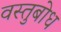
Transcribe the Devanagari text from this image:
वस्तुबोध